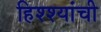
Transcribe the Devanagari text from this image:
हिश्श्यांची